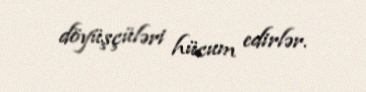
döyüşçüləri hücum edirlər.